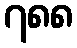
၇၈၈